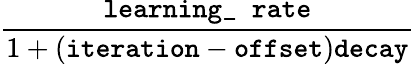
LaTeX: \frac{\texttt{learning\_ rate}}{1+(\texttt{iteration}-\texttt{offset})\texttt{decay}}